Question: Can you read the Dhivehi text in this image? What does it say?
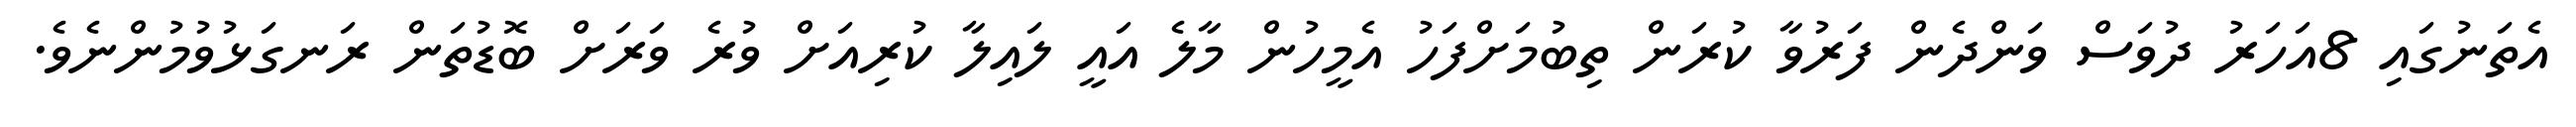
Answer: އެތަނުގައި 8އަހަރު ދުވަސް ވަންދެން ފަރުވާ ކުރަން ތިބުމަށްފަހު އެމީހުން މާލެ އައީ ލައިލާ ކުރިއަށް ވުރެ ވަރަށް ބޮޑުތަން ރަނގަޅުވުމުންނެވެ.